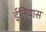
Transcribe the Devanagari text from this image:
ईलियास